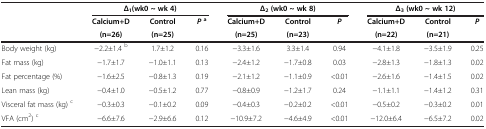
<table><thead><tr><td><b> </b></td><td colspan="3"><b>Δ<sub>1</sub>(wk0 ~ wk 4)</b></td><td colspan="3"><b>Δ<sub>2</sub>(wk0 ~ wk 8)</b></td><td colspan="3"><b>Δ<sub>3</sub>(wk0 ~ wk 12)</b></td></tr><tr><td><b> </b></td><td><b>Calcium+D</b></td><td><b>Control</b></td><td><b><i>P</i><sup>a</sup></b></td><td><b>Calcium+D</b></td><td><b>Control</b></td><td><b><i>P</i></b></td><td><b>Calcium+D</b></td><td><b>Control</b></td><td><b><i>P</i></b></td></tr><tr><td><b> </b></td><td><b>(n=26)</b></td><td><b>(n=25)</b></td><td><b> </b></td><td><b>(n=25)</b></td><td><b>(n=23)</b></td><td><b> </b></td><td><b>(n=22)</b></td><td><b>(n=21)</b></td><td><b> </b></td></tr></thead><tbody><tr><td>Body weight (kg)</td><td>−2.2±1.4 <sup>b</sup></td><td>1.7±1.2</td><td>0.16</td><td>−3.3±1.6</td><td>3.3±1.4</td><td>0.94</td><td>−4.1±1.8</td><td>−3.5±1.9</td><td>0.25</td></tr><tr><td>Fat mass (kg)</td><td>−1.7±1.7</td><td>−1.0±1.1</td><td>0.13</td><td>−2.4±1.2</td><td>−1.7±0.8</td><td>0.03</td><td>−2.8±1.3</td><td>−1.8±1.3</td><td>0.02</td></tr><tr><td>Fat percentage (%)</td><td>−1.6±2.5</td><td>−0.8±1.3</td><td>0.19</td><td>−2.1±1.2</td><td>−1.1±0.9</td><td>&lt;0.01</td><td>−2.6±1.6</td><td>−1.4±1.5</td><td>0.02</td></tr><tr><td>Lean mass (kg)</td><td>−0.4±1.0</td><td>−0.5±1.2</td><td>0.77</td><td>−0.8±0.9</td><td>−1.2±1.7</td><td>0.24</td><td>−1.1±1.1</td><td>−1.4±1.2</td><td>0.31</td></tr><tr><td>Visceral fat mass (kg) <sup>c</sup></td><td>−0.3±0.3</td><td>−0.1±0.2</td><td>0.09</td><td>−0.4±0.3</td><td>−0.2±0.2</td><td>&lt;0.01</td><td>−0.5±0.2</td><td>−0.3±0.2</td><td>0.01</td></tr><tr><td>VFA (cm<sup>2</sup>) <sup>c</sup></td><td>−6.6±7.6</td><td>−2.9±6.6</td><td>0.12</td><td>−10.9±7.2</td><td>−4.6±4.9</td><td>&lt;0.01</td><td>−12.0±6.4</td><td>−6.5±7.2</td><td>0.02</td></tr></tbody></table>